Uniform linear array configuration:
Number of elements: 48
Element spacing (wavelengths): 1
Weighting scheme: exponential
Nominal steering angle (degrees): -45
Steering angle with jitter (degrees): -44.635
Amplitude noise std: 0.05
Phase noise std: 0.05

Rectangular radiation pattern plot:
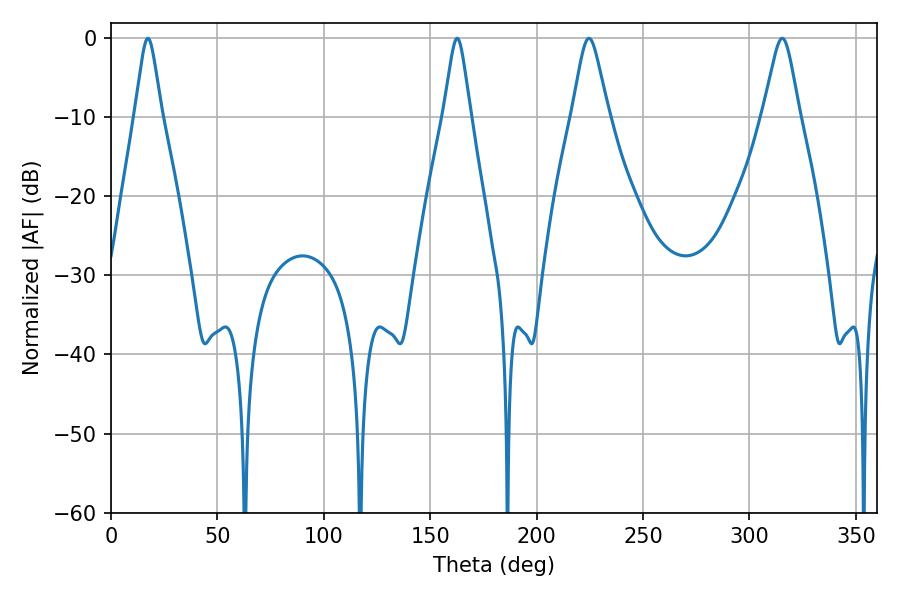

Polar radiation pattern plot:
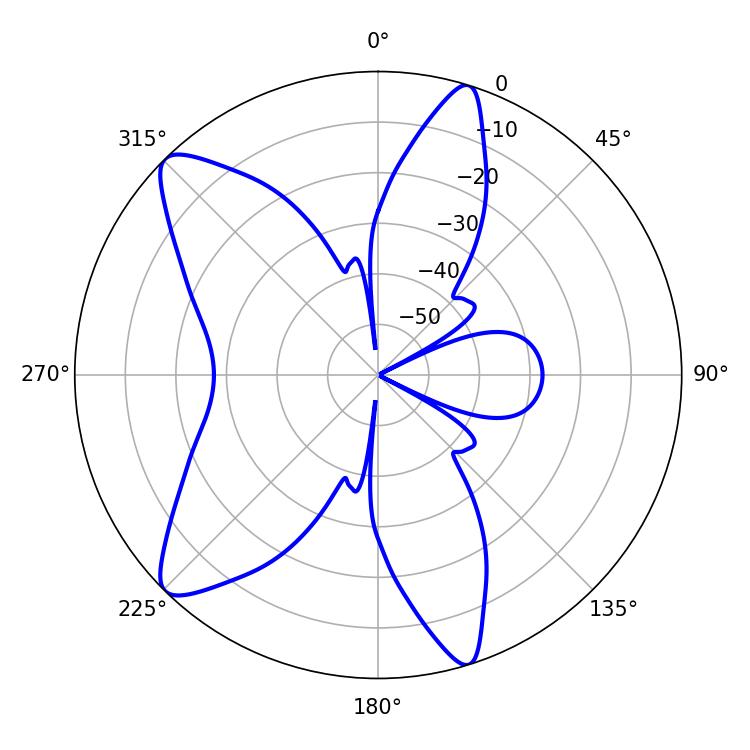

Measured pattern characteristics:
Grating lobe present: TRUE
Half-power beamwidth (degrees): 8.1
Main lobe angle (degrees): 224.64